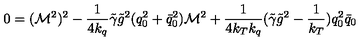
0 = ( { \cal M } ^ { 2 } ) ^ { 2 } - \frac 1 { 4 k _ { q } } \tilde { \gamma } \tilde { g } ^ { 2 } ( q _ { 0 } ^ { 2 } + \bar { q } _ { 0 } ^ { 2 } ) { \cal M } ^ { 2 } + \frac 1 { 4 k _ { T } k _ { q } } ( \tilde { \gamma } \tilde { g } ^ { 2 } - \frac 1 { k _ { T } } ) q _ { 0 } ^ { 2 } \bar { q } _ { 0 }